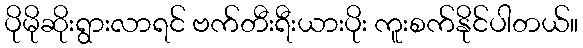
ပိုမိုဆိုးရွားလာရင် ဗက်တီးရီးယားပိုး ကူးစက်နိုင်ပါတယ်။